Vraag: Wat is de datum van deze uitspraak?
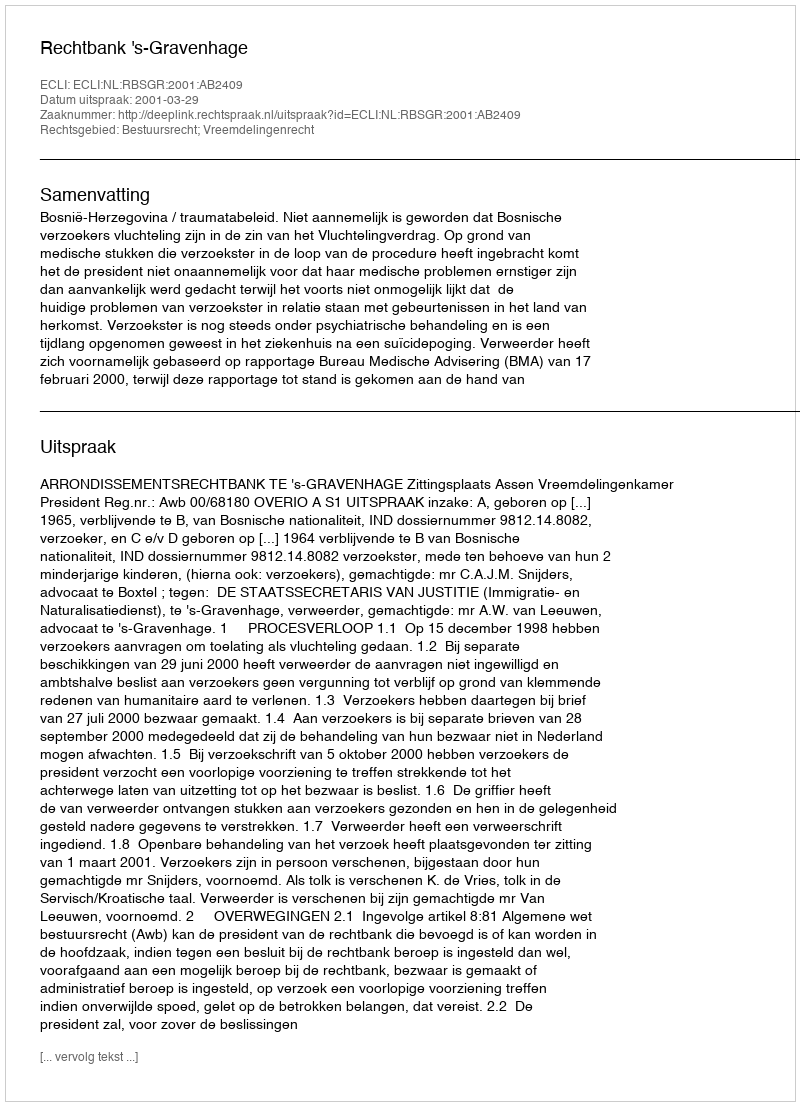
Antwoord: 2001-03-29